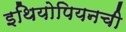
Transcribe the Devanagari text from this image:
इथियोपियनची